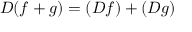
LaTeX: D ( f + g ) = ( D f ) + ( D g )